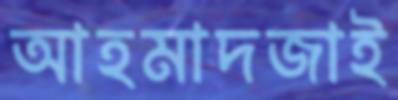
আহমাদজাই